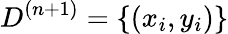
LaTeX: D^{(n+1)}=\{ (x_{i},y_{i})\}